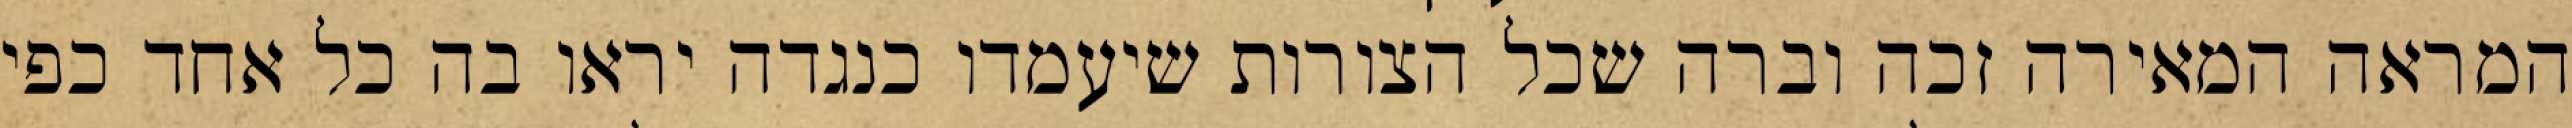
המראה המאירה זכה וברה שכל הצורות שיעמדו כנגדה יראו בה כל אחד כפי